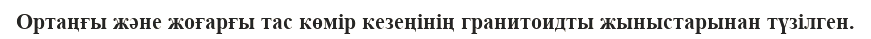
Ортаңғы және жоғарғы тас көмір кезеңінің гранитоидты жыныстарынан түзілген.